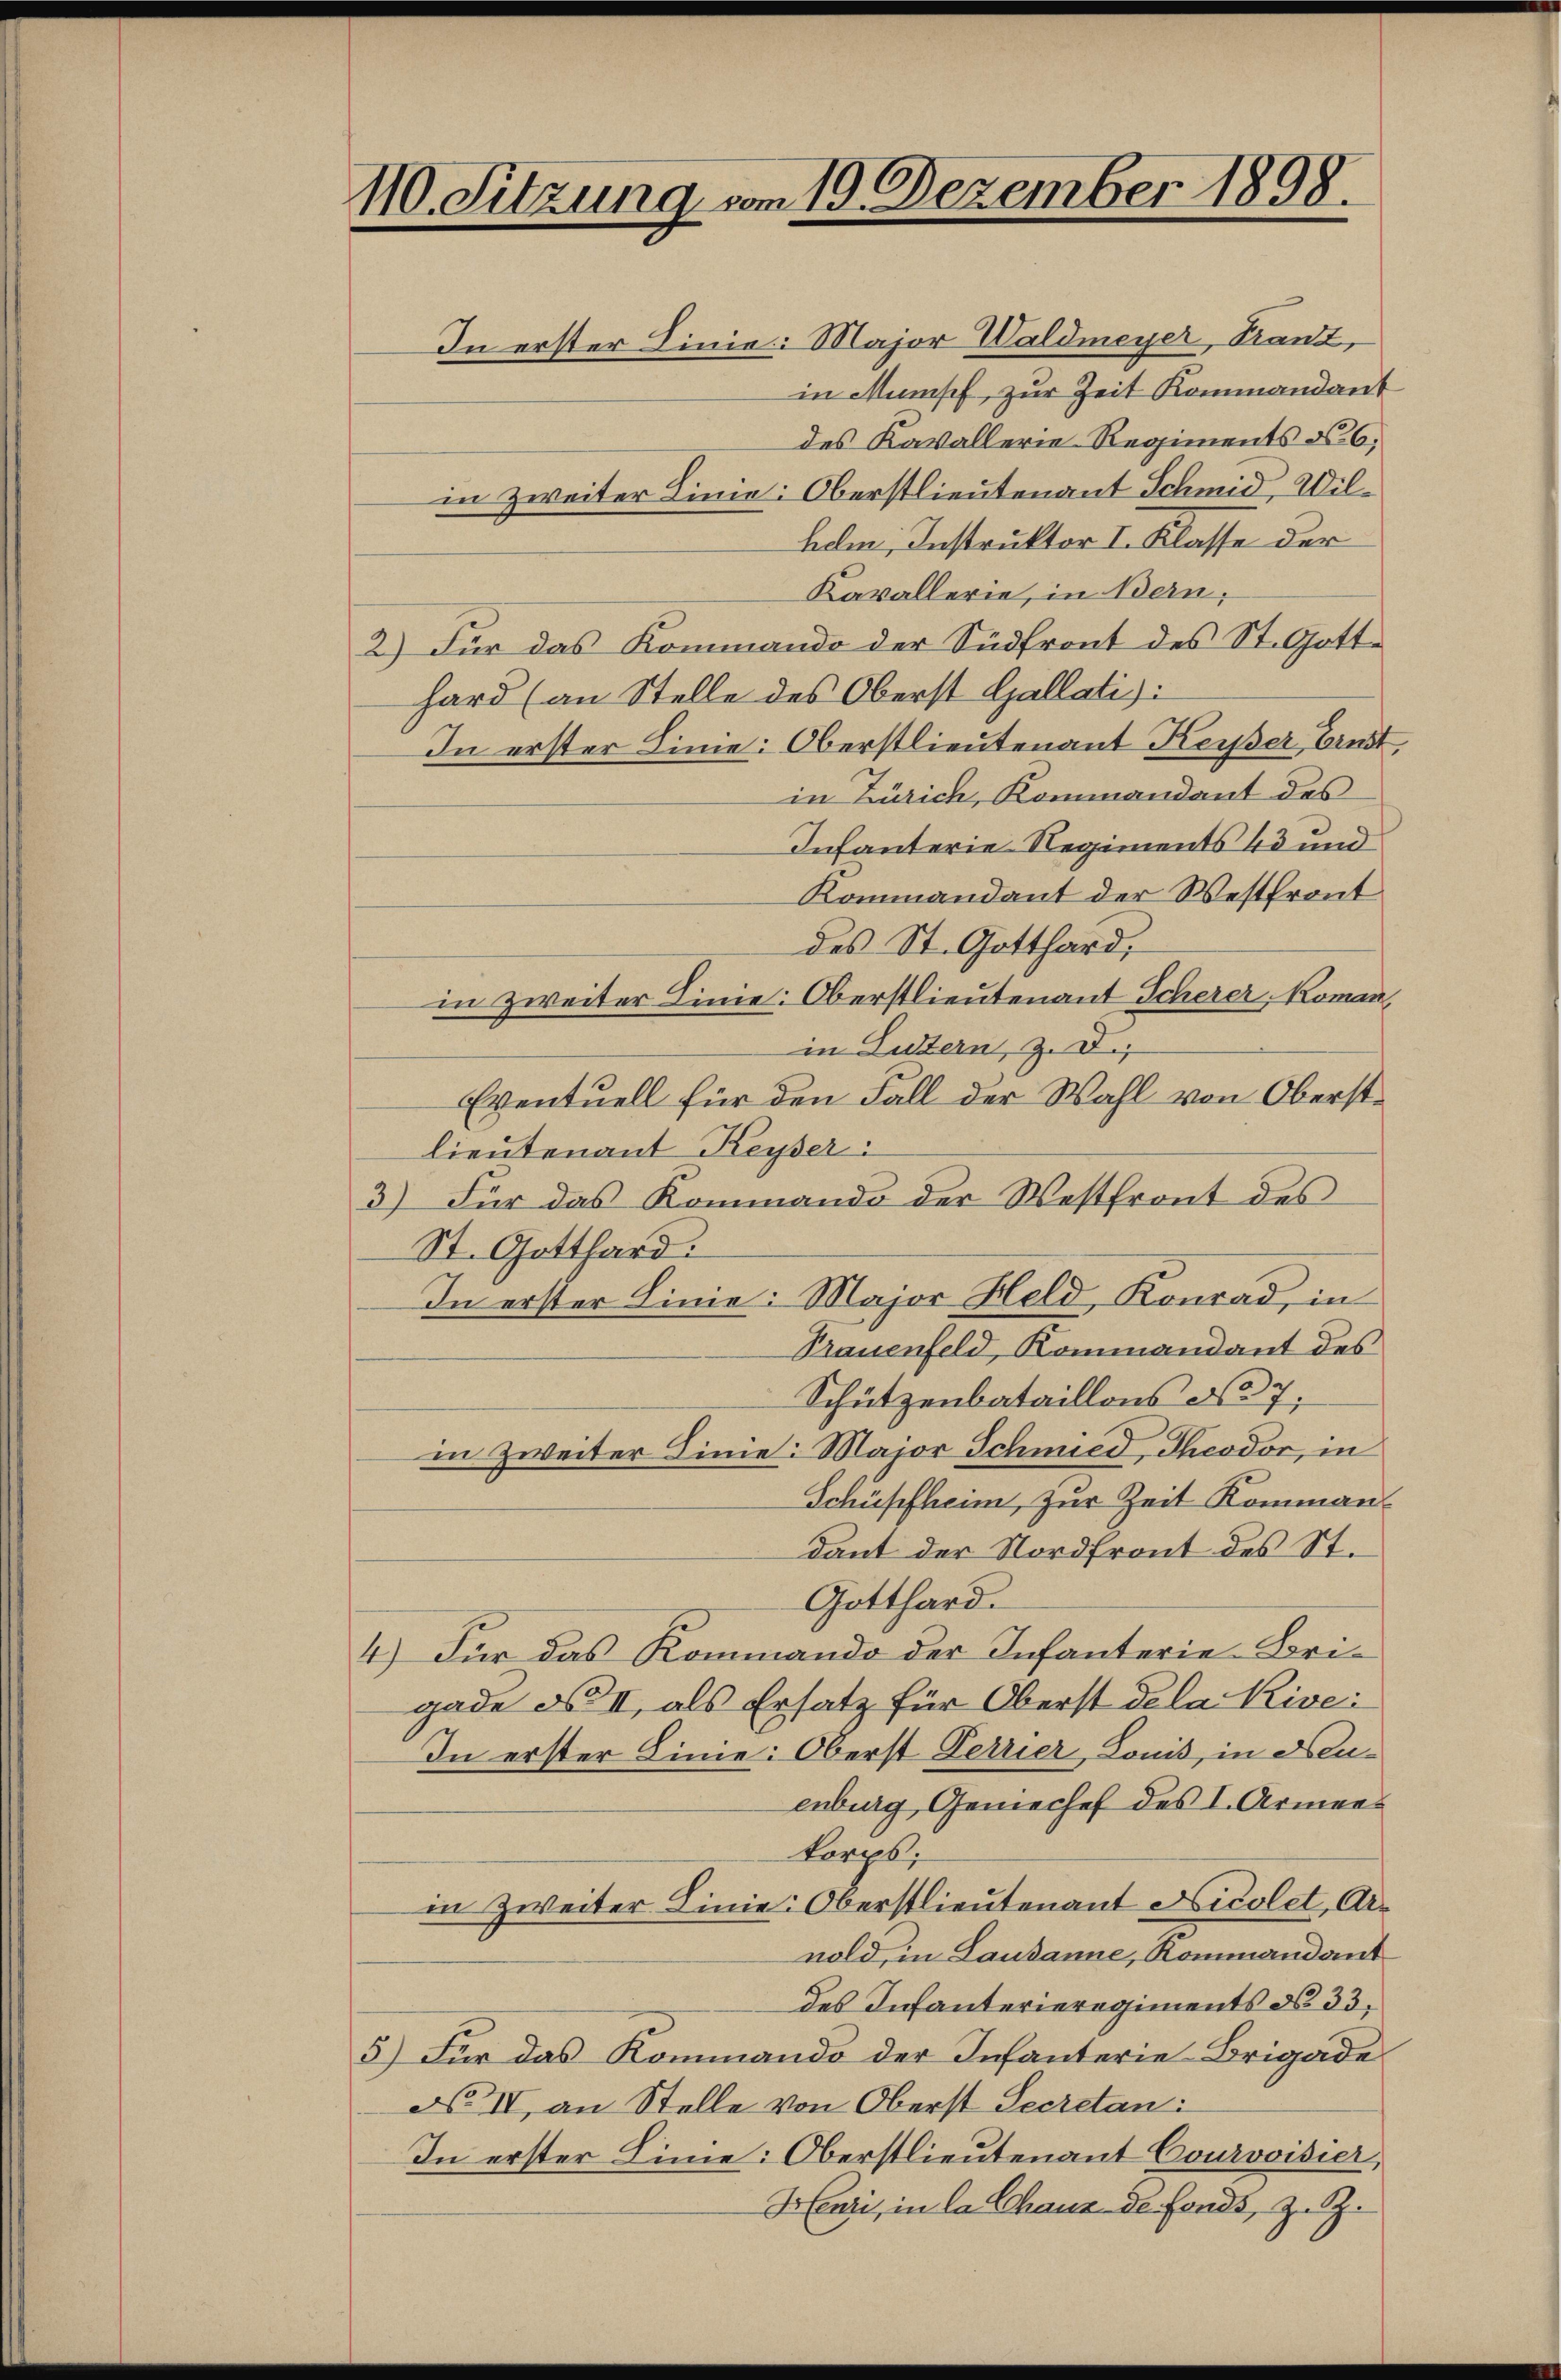
110. Sitzung vom 19. Dezember 1898.

In erster Linie: Major Waldmeyer, Kant,
in Mensch, zur Zeit Kommandant
des Kavallerie Regiments No 6;
in zweiter Linie: Oberstlieutenant Schmid, Wilhem, Instruktor I. Klasse der
Kavallerie, in Bern,
2) Für das Kommando der Südfront des St. Gotthard (an Stelle des Oberst Gallati
In erster Linie: Oberstlieutenant Keiser Erndt,
in Zürich, Kommandant des
Infanterie Regiments 43 und
Kommandant der Westfront
des St. Gotthard,
in zweiter Linie: Oberstlieutenant Scherer, Koman,
in Luzern, z. D.,
Eventuell für den Fall der Wahl von Oberstlieutenant Keyser:
3) Für das Kommando der Westfront des
St. Gotthard.
In erster Linie: Major Held, Konrad, in
Trauenfeld, Kommandant des
Schützenbataillons No 7
in Zweiter Linie. Major Schmied, Theodor, in
Schüpfheim, zur Zeit Kommandant der Nordfront des St.
Gotthard.
4.) Für das Kommando der Infanterie-Brigade d II, als Ersatz für Oberst dela Kive:
In erster Linie: Oberst Terrier, Lonis, in Neuenburg, Geniechef des I. Armenkerps;
in Zweiter Linie Oberstlieutenant Nicolet, Arnold, in Lausanne, Kommandant
des Infanterieregiments No 33,
5) Für das Kommando der Infanterie-Brigade
No II an Stelle von Oberst Secretan:
In erster Linie: Oberstlieutenant Courvoisier,
Henzi, in la Chaus de fonds, z. Z.